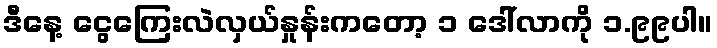
ဒီနေ့ ငွေကြေးလဲလှယ်နှုန်းကတော့ ၁ ဒေါ်လာကို ၁.၉၉ပါ။